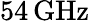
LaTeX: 54\, \mathrm{GHz}